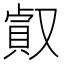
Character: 㕢